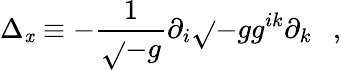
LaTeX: \Delta_{\mathit{x}}\equiv-{\frac{{1}}{{\sqrt{}{{-g}}}}}\partial_{i}\sqrt{}{{-g}}g^{ik}\partial_{k}~~~,